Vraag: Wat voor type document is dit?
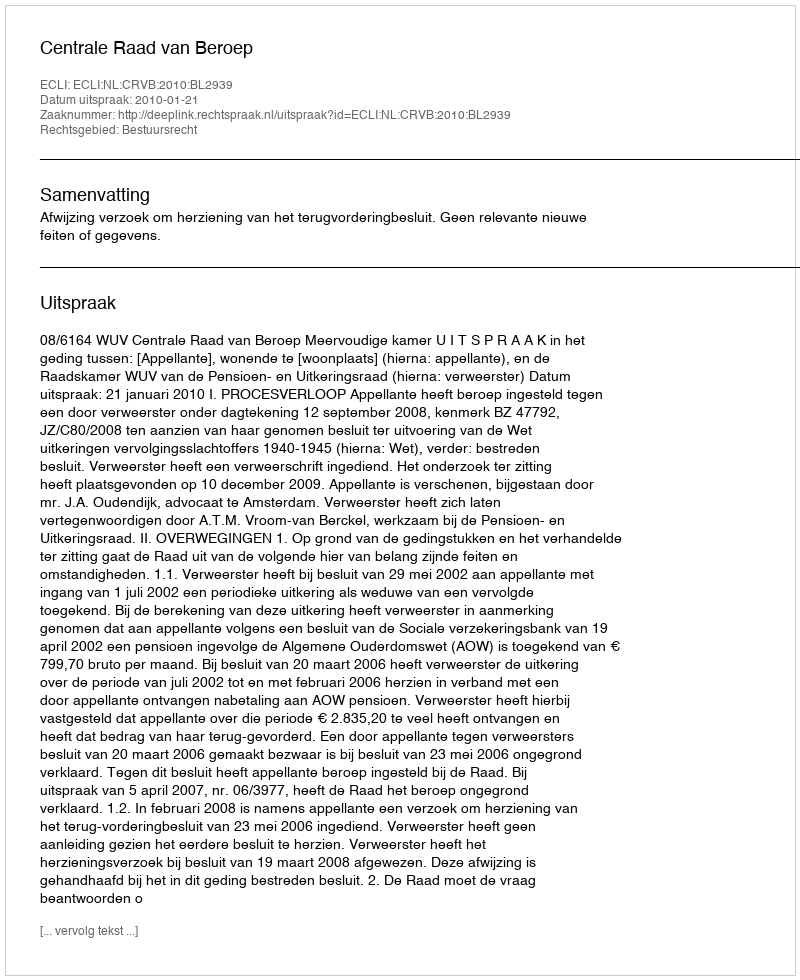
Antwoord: Uitspraak